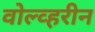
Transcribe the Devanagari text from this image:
वोल्व्हरीन